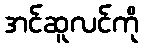
အင်ဆူလင်ကို